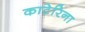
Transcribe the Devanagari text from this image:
काटेरिना